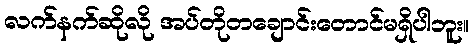
လက်နက်ဆိုလို အပ်တိုတချောင်းတောင်မရှိပါဘူး။